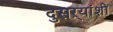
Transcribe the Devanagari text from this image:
दुसऱ्यांशी